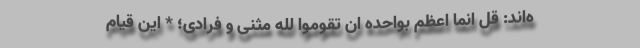
ه‌اند: قل انما اعظم بواحده ان تقوموا لله مثنی و فرادی؛ * این قیام